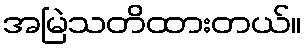
အမြဲသတိထားတယ်။